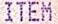
ITEM